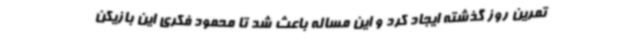
تمرین روز گذشته ایجاد کرد و این مساله باعث شد تا محمود فکری این بازیکن